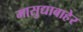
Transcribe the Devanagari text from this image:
मासुद्याबाहेर